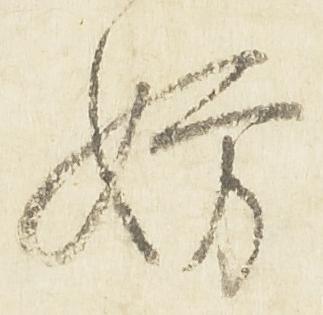
妨